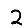
Digit: 2